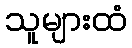
သူများထံ